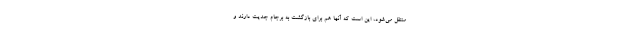
منتقل می‌شود، این است که آنها هم برای بازگشت به برجام جدیت دارند و